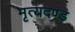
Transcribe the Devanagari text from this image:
मृत्यदण्ड